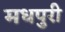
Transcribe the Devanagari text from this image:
मधपुरी